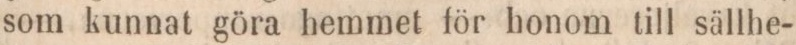
som kunnat göra hemmet för honom till sällhe-